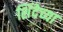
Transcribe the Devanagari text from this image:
शिंदेच्या